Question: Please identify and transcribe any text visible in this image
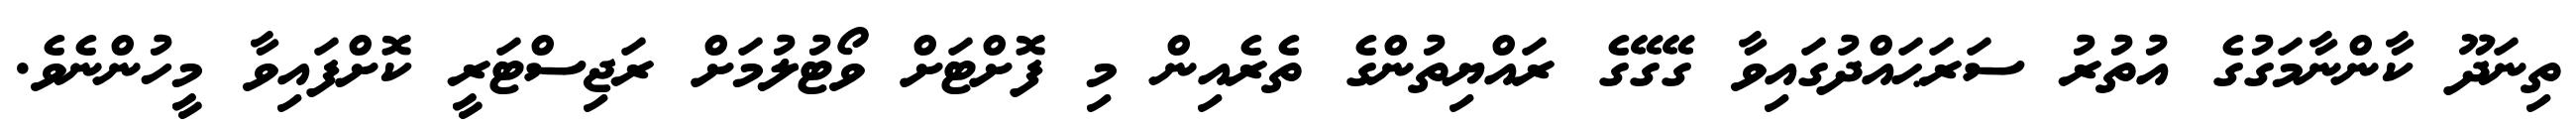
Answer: ތިނަދޫ ކާންނާމަގުގެ އުތުރު ސަރަޙައްދުގައިވާ ގޭގޭގެ ރައްޔިތުންގެ ތެރެއިން މި ފޮށްޓަށް ވޯޓުލުމަށް ރަޖިސްޓަރީ ކޮށްފައިވާ މީހުންނެވެ.